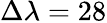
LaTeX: \Delta\lambda=28